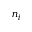
n _ { i }